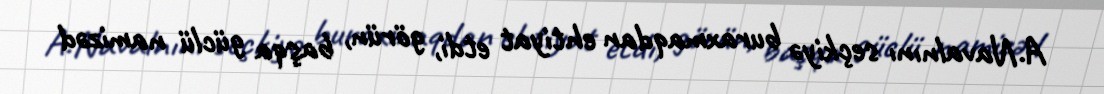
A.Navalnını seçkiyə buraxmaqdan ehtiyat etdi, görün, başqa güclü namizəd